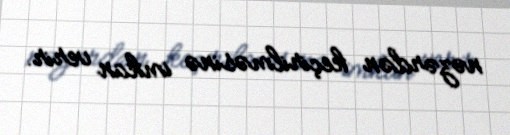
nəzərdən keçirilməsinə imkan verir.